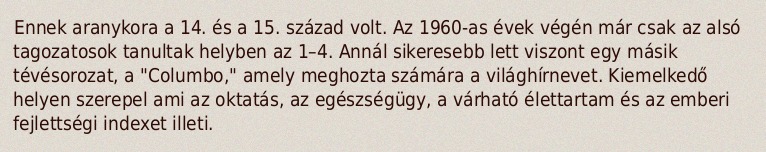
Ennek aranykora a 14. és a 15. század volt. Az 1960-as évek végén már csak az alsó tagozatosok tanultak helyben az 1–4. Annál sikeresebb lett viszont egy másik tévésorozat, a "Columbo," amely meghozta számára a világhírnevet. Kiemelkedő helyen szerepel ami az oktatás, az egészségügy, a várható élettartam és az emberi fejlettségi indexet illeti.